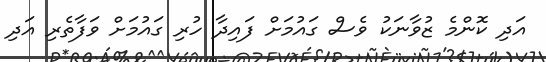
އަދި ކޮންމެ ޒުވާނަކު ވެސް ގައުމަށް ފައިދާ ހުރި ގައުމަށް ވަފާތެރި އަދި